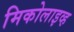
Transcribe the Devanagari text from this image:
मिकोलाइव्ह